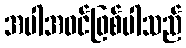
အပါအဝင်ဖြစ်ပါသည်